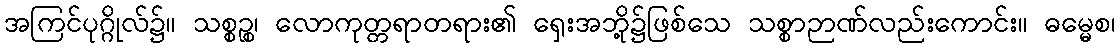
အကြင်ပုဂ္ဂိုလ်၌။ သစ္စဉ္စ၊ လောကုတ္တရာတရား၏ ရှေးအဘို့၌ဖြစ်သေ သစ္စာဉာဏ်လည်းကောင်း။ ဓမ္မေစ၊